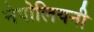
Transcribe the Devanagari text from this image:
नेपोलियनी